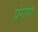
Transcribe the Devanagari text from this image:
प्रंगण